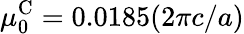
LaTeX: \mu_{0}^{\textrm{C}}=0.0185(2\pi c/a)